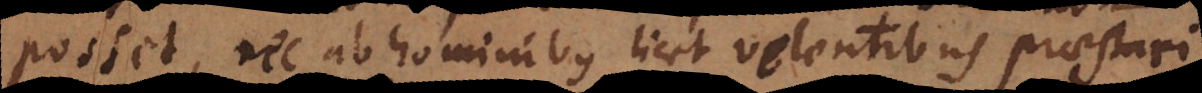
posset, nec ab hominibus licet volentibus praestari